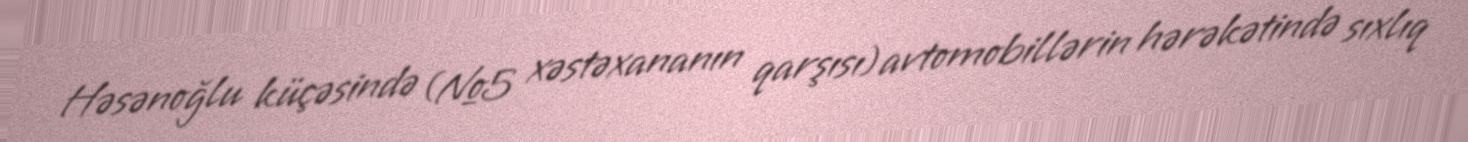
Həsənoğlu küçəsində (№5 xəstəxananın qarşısı) avtomobillərin hərəkətində sıxlıq